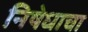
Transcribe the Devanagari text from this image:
निषेधाचा